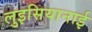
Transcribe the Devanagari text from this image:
लुइसियानाई